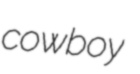
cowboy